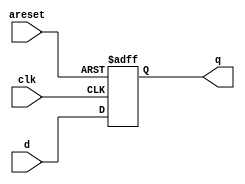
module top_module (
    input clk,
    input areset,   // active high asynchronous reset
    input [7:0] d,
    output reg [7:0] q
);
// Write your code here
    always @(posedge clk or posedge areset)
    begin
      if(areset) q<=0;
      else q<=d;
    end
endmodule